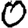
Digit: 0